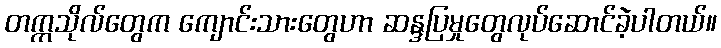
တက္ကသိုလ်တွေက ကျောင်းသားတွေဟာ ဆန္ဒပြမှုတွေလုပ်ဆောင်ခဲ့ပါတယ်။